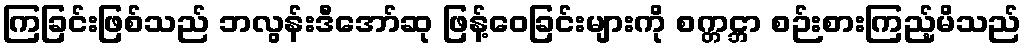
ကြခြင်းဖြစ်သည် ဘလွန်းဒီအော်ဆု ဖြန့်ဝေခြင်းများကို စက္တင္ဘာ စဉ်းစားကြည့်မိသည်